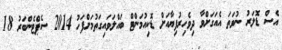
އެސް ޑޮލަރު ނުވަތަ އެއަގަށްވާ ދިވެހިރުފިޔާއަށް ޑޮކިއުމަންޓް ބައްލަވައިގަތުމަށްފަހު 2014 ސެޕްޓެންބަރުު 18